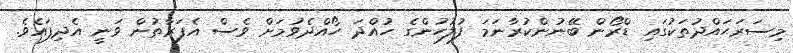
މިސަރަޙައްދުތަކުގައި ޑްރޯން ބޭނުންކުރާނަމަ ފުލުހުންގެ ހުއްދަ ހޯއްދެވުމަށް ވެސް އެފަރާތުން ވަނީ އެދިފައެވެ.